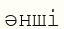
әнші